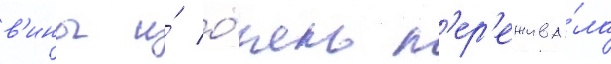
в'ины и́ о́чень п'ер'ежива́ла